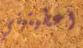
أعطيتيني